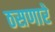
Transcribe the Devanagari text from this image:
ठसणारे